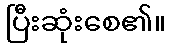
ပြီးဆုံးစေ၏။